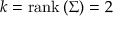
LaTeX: k = { \mathrm { r a n k } } \left( \Sigma \right) = 2